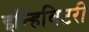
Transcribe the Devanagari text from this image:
इन्हिबिटरी